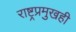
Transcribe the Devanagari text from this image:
राष्ट्रप्रमुखही